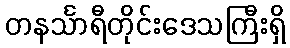
တနင်္သာရီတိုင်းဒေသကြီးရှိ